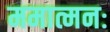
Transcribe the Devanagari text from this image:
ममात्मनः